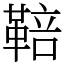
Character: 鞛